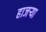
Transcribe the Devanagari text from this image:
हाजर्‍या